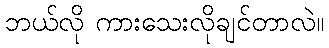
ဘယ်လို ကားသေးလိုချင်တာလဲ။